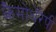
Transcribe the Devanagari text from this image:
कैमोथेरैपी